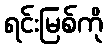
ရင်းမြစ်ကို